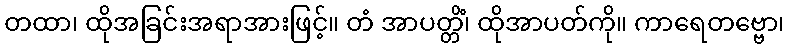
တထာ၊ ထိုအခြင်းအရာအားဖြင့်။ တံ အာပတ္တိံ၊ ထိုအာပတ်ကို။ ကာရေတဗ္ဗော၊